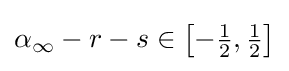
\alpha _{\infty }-r-s\in \left[-{\tfrac {1}{2}},{\tfrac {1}{2}}\right]